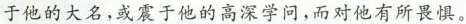
于他的大名，或振于他的高深学问，而对他有所畏惧。